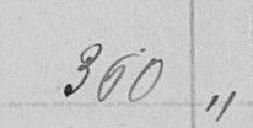
360 "